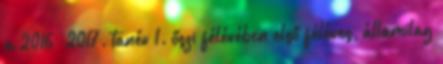
a 2016 2017. tanév 1. őszi félévében első féléves, államilag